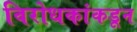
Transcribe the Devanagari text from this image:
विरोधकांकडून